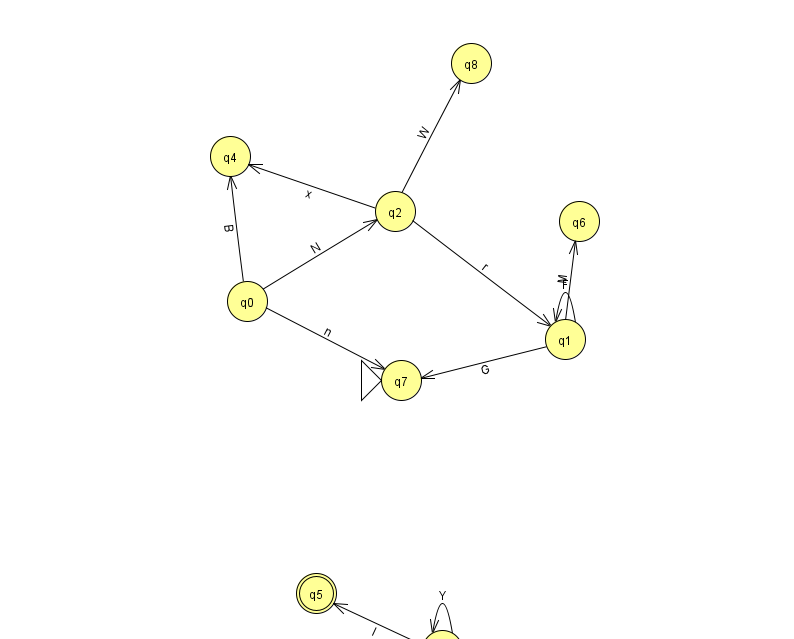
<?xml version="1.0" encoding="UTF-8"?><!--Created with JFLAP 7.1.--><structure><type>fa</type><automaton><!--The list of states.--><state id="0" name="q0"><x>247.0</x><y>288.0</y></state><state id="1" name="q1"><x>565.0</x><y>326.0</y></state><state id="2" name="q2"><x>395.0</x><y>198.0</y></state><state id="3" name="q3"><x>442.0</x><y>637.0</y></state><state id="4" name="q4"><x>230.0</x><y>143.0</y></state><state id="5" name="q5"><x>316.0</x><y>580.0</y><final/></state><state id="6" name="q6"><x>579.0</x><y>208.0</y></state><state id="7" name="q7"><x>401.0</x><y>367.0</y><initial/></state><state id="8" name="q8"><x>471.0</x><y>50.0</y></state><!--The list of transitions.--><transition><from>0</from><to>2</to><read>N</read></transition><transition><from>0</from><to>4</to><read>B</read></transition><transition><from>0</from><to>7</to><read>n</read></transition><transition><from>2</from><to>4</to><read>x</read></transition><transition><from>1</from><to>1</to><read>F</read></transition><transition><from>2</from><to>8</to><read>W</read></transition><transition><from>3</from><to>5</to><read>I</read></transition><transition><from>1</from><to>7</to><read>G</read></transition><transition><from>3</from><to>3</to><read>Y</read></transition><transition><from>1</from><to>6</to><read>M</read></transition><transition><from>2</from><to>1</to><read>r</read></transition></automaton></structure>